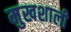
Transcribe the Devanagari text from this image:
मुखशाली